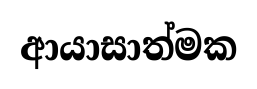
ආයාසාත්මක